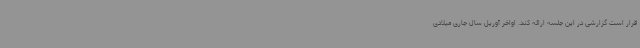
قرار است گزارشی در این جلسه ارائه کند. اواخر آوریل سال جاری میلادی